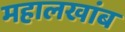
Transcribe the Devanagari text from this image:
महालखांब